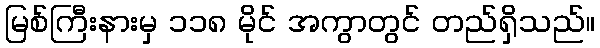
မြစ်ကြီးနားမှ ၁၁၈ မိုင် အကွာတွင် တည်ရှိသည်။